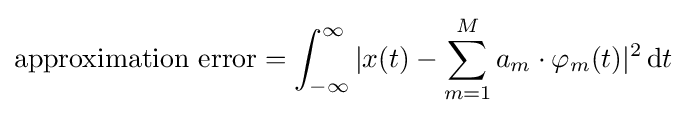
{\text{approximation error}}=\int _{-\infty }^{\infty }|x(t)-\sum _{m=1}^{M}a_{m}\cdot \varphi _{m}(t)|^{2}\,\mathrm {d} t